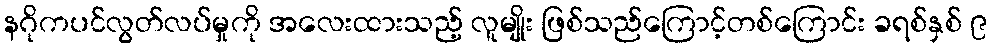
နဂိုကပင်လွတ်လပ်မှုကို အလေးထားသည့် လူမျိုး ဖြစ်သည်ကြောင့်တစ်ကြောင်း ခရစ်နှစ် ၉